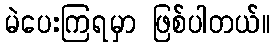
မဲပေးကြရမှာ ဖြစ်ပါတယ်။